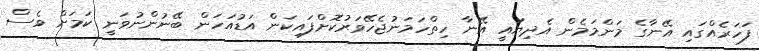
ފަހަރެއްގައި އޭނާގެ މަންމަމެން އެދިޔައީ އޭނާ ހިތްހަމަނުޖެހޭވަރުކޮށްފައިކަން އަޑުއަހަން ބޭނުންނުވަނީ ކަމަށް ވެސް